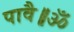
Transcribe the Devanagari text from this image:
पावै॥ॐ